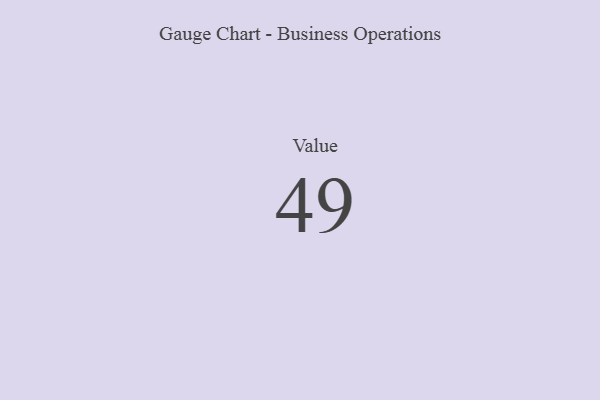
{"axis": {"x": "Metric", "y": "Value"}, "legend": [""], "data": [{"x": "Value", "y": 49, "type": ""}]}